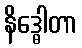
နိဒ္ဓေါတာ